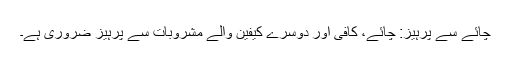
چائے سے پرہیز: چائے، کافی اور دوسرے کیفین والے مشروبات سے پرہیز ضروری ہے۔